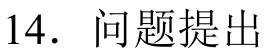
14. 问题提出